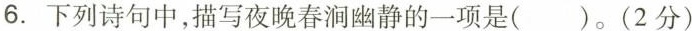
6. 下列诗句中，描写夜晚春涧幽静的一项是( )。(2分)